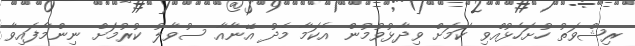
ރިޝްވަތު ހުށަހެޅުއްވި ކަމަށް ވިދާޅުވުމުން އެކަމާ މެދު އޭނާއާ ސުވާލު ކުރުމަށް ނިންމާފައިވާ